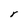
Character: r